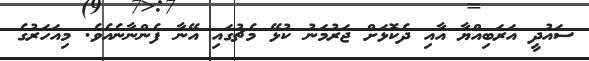
ސައުދީ އަރަބިއްޔާ އާއި ދެކޮޅަށް ޖަރުމަނު ކުޅޭ މެޗުގައި އޭނާ ފެންނާނެއެވެ. މިއަހަރުގެ